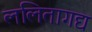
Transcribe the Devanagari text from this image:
ललितागद्य